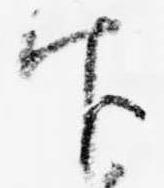
官